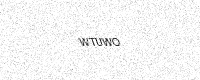
Text: WTUWO